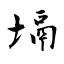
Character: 塥